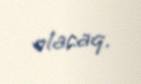
olacaq.